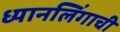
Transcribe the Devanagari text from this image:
ध्यानलिंगाची